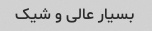
بسیار عالی و شیک